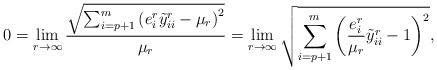
LaTeX: \begin{align*}0=\lim_{r\to \infty}\frac{\sqrt{\sum_{i=p+1}^{m}\left(e^r_i\tilde{y}^r_{ii}-\mu_r\right)^2}}{\mu_r}=\lim_{r\to \infty}\sqrt{\sum_{i=p+1}^{m}\left(\frac{e^r_i}{\mu_r}\tilde{y}^r_{ii}-1\right)^2},\end{align*}